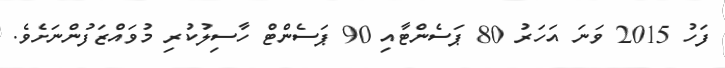
ފަހު 2015 ވަނަ އަހަރު 80 ޕަސެންޓާއި 90 ޕަސެންޓް ހާސިލުކުރި މުވައްޒަފުންނަށެވެ.